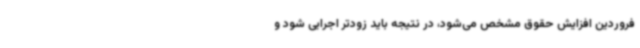
فروردین افزایش حقوق مشخص می‌شود، در نتیجه باید زودتر اجرایی شود و